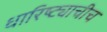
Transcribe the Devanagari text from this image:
धारिष्ट्याचीच